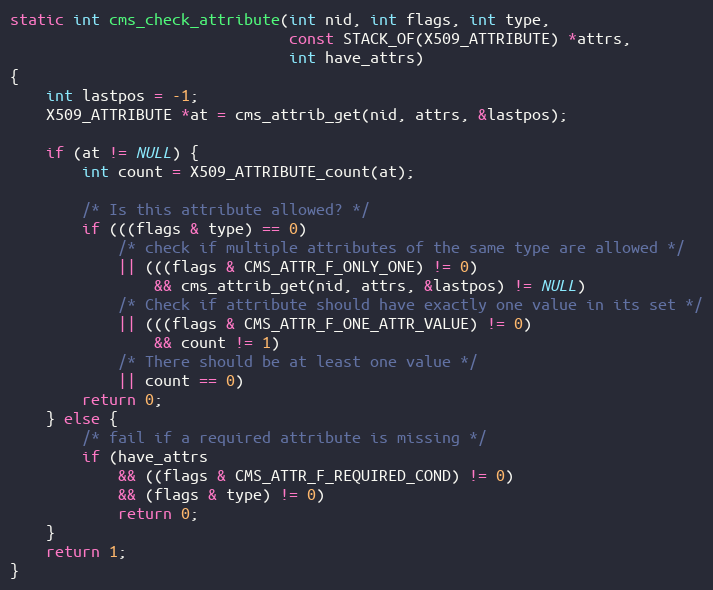
Language: C
static int cms_check_attribute(int nid, int flags, int type,
                               const STACK_OF(X509_ATTRIBUTE) *attrs,
                               int have_attrs)
{
    int lastpos = -1;
    X509_ATTRIBUTE *at = cms_attrib_get(nid, attrs, &lastpos);

    if (at != NULL) {
        int count = X509_ATTRIBUTE_count(at);

        /* Is this attribute allowed? */
        if (((flags & type) == 0)
            /* check if multiple attributes of the same type are allowed */
            || (((flags & CMS_ATTR_F_ONLY_ONE) != 0)
                && cms_attrib_get(nid, attrs, &lastpos) != NULL)
            /* Check if attribute should have exactly one value in its set */
            || (((flags & CMS_ATTR_F_ONE_ATTR_VALUE) != 0)
                && count != 1)
            /* There should be at least one value */
            || count == 0)
        return 0;
    } else {
        /* fail if a required attribute is missing */
        if (have_attrs
            && ((flags & CMS_ATTR_F_REQUIRED_COND) != 0)
            && (flags & type) != 0)
            return 0;
    }
    return 1;
}